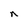
Character: n